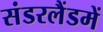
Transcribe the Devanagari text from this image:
संडरलैंडमें